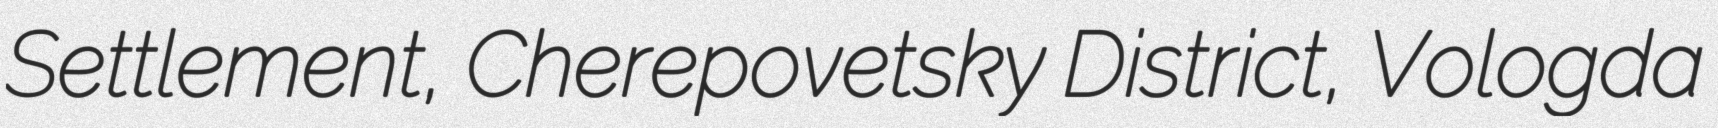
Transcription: Settlement, Cherepovetsky District, Vologda